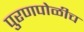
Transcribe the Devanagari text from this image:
पुरणपोळीच